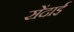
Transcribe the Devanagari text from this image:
सेंदाई